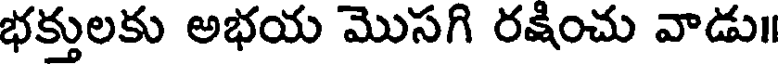
భక్తులకు అభయ మొసగి రక్షించు వాడు॥